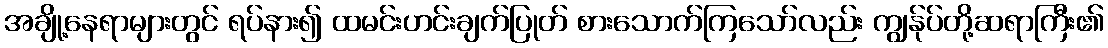
အချို့နေရာများတွင် ရပ်နား၍ ထမင်းဟင်းချက်ပြုတ် စားသောက်ကြသော်လည်း ကျွန်ုပ်တို့ဆရာကြီး၏